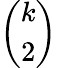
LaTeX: \left(\begin{array}{c}{{k}}\\ {{2}}\end{array}\right)